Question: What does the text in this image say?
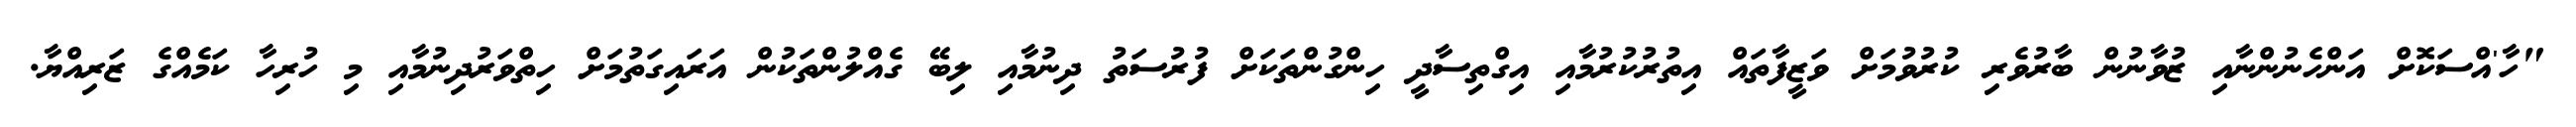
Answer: "ހާ'އްސަކޮށް އަންހެނުންނާއި ޒުވާނުން ބާރުވެރި ކުރުވުމަށް ވަޒީފާތައް އިތުރުކުރުމާއި އިގްތިސާދީ ހިންގުންތަކަށް ފުރުސަތު ދިނުމާއި ލިބޭ ގެއްލުންތަކުން އަރައިގަތުމަށް ހިތްވަރުދިނުމާއި މި ހުރިހާ ކަމެއްގެ ޒަރިއްޔާ.